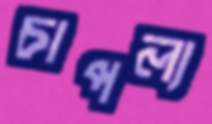
চাপল্য